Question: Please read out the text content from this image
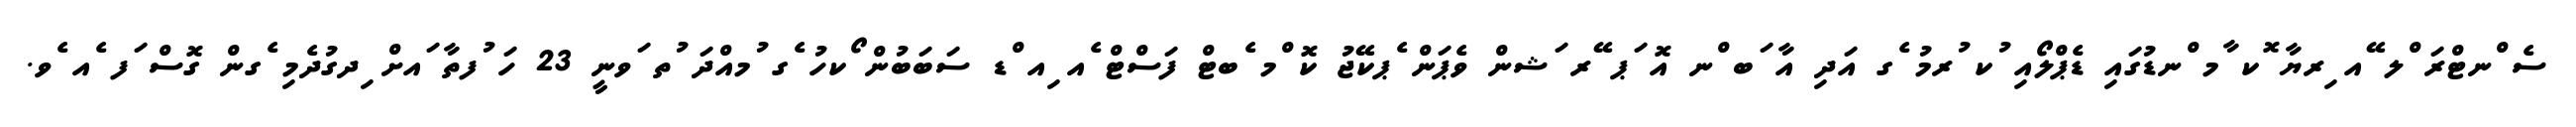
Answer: ސެ ްނޓްރަ ްލ ޭއ ިރޔާ ޮކ ާމ ްނޑުގައި ޑެޕްލޯއި ުކ ުރމު ެގ އަދި އާ ަބ ްނ އޮ ަޕ ޭރ ަޝން ވެޕަން ެޕކޭޖު ކޮ ްމ ެބޓް ފަސްޓް ެއ ިއ ްޑ ސަބަބުން ޯކހު ެގ ުމއްދަ ުތ ަވނީ 23 ހަ ުފތާ ައށް ިދގުދެމި ެގން ގޮސް ަފ ެއ ެވ.